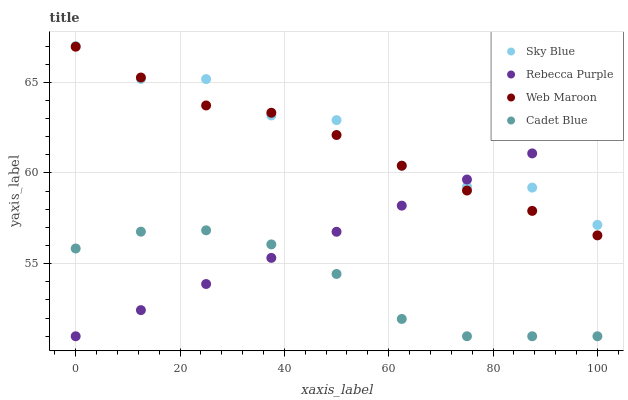
| xaxis_label | Sky Blue | Rebecca Purple | Web Maroon | Cadet Blue |
 | --- | --- | --- | --- | --- |
 | 0 | 67 | 51 | 67 | 55.8 |
 | 12.5 | 65.2 | 52.4 | 65.3 | 56.8 |
 | 25 | 65.2 | 53.9 | 63.7 | 56.8 |
 | 37.5 | 63.2 | 55.3 | 63.3 | 56.1 |
 | 50 | 62.9 | 56.8 | 62.1 | 54.4 |
 | 62.5 | 60.4 | 58.2 | 60.4 | 52 |
 | 75 | 59.2 | 59.6 | 59 | 51 |
 | 87.5 | 59.2 | 61.1 | 57.9 | 51 |
 | 100 | 57.1 | 62.5 | 56.6 | 51 |